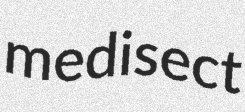
medisect